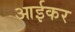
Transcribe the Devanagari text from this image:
आईकर